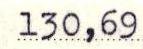
130,69